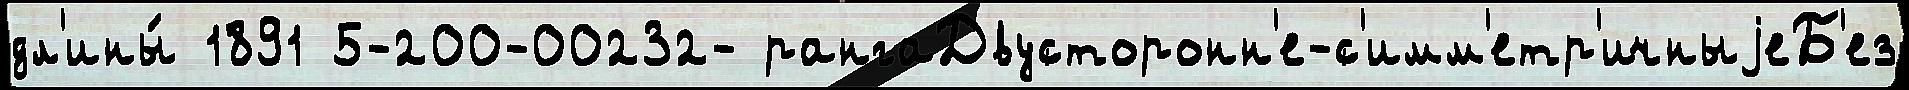
дл'ины́ 1891 5-200-00232- рангаДвусторонн'е-с'имм'етр'ичныjеБ'ез